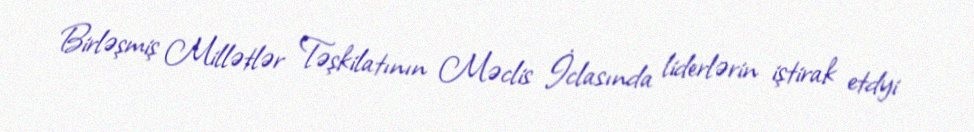
Birləşmiş Millətlər Təşkilatının Məclis İclasında liderlərin iştirak etdyi